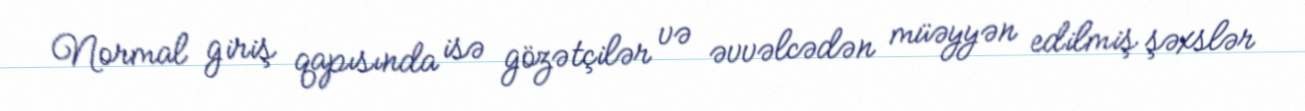
Normal giriş qapısında isə gözətçilər və əvvəlcədən müəyyən edilmiş şəxslər